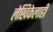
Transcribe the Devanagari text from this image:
लेखिकेलाही